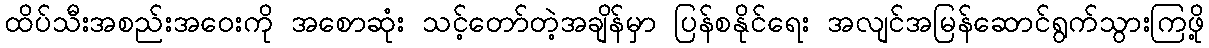
ထိပ်သီးအစည်းအဝေးကို အစောဆုံး သင့်တော်တဲ့အချိန်မှာ ပြန်စနိုင်ရေး အလျင်အမြန်ဆောင်ရွက်သွားကြဖို့